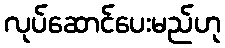
လုပ်ဆောင်ပေးမည်ဟု